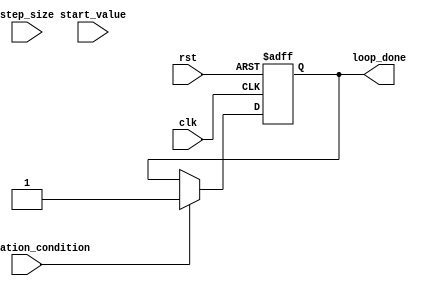
module decremental_for_loop(
    input wire clk,
    input wire rst,
    input wire start_value,
    input wire step_size,
    input wire termination_condition,
    output reg loop_done
);

reg [31:0] counter;

always @(posedge clk or posedge rst) begin
    if (rst) begin
        counter <= 0;
        loop_done <= 0;
    end else begin
        if (termination_condition) begin
            // Exit the loop
            loop_done <= 1;
            counter <= 0;
        end else begin
            // Continue the loop
            counter <= counter - step_size;
        end
    end
end

// Code block within the loop
always @* begin
    if (!termination_condition) begin
        // Perform operations within the loop
        // Add your code here
    end
end

endmodule